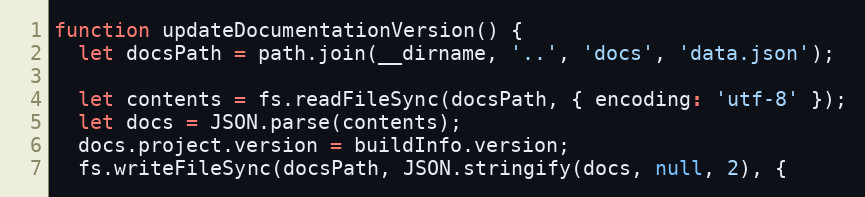
Language: JavaScript
function updateDocumentationVersion() {
  let docsPath = path.join(__dirname, '..', 'docs', 'data.json');

  let contents = fs.readFileSync(docsPath, { encoding: 'utf-8' });
  let docs = JSON.parse(contents);
  docs.project.version = buildInfo.version;
  fs.writeFileSync(docsPath, JSON.stringify(docs, null, 2), {